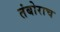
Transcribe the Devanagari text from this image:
तंबोराच